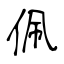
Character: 佩